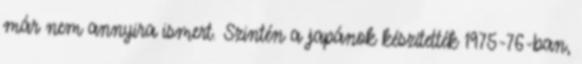
már nem annyira ismert. Szintén a japánok készítették 1975-76-ban,